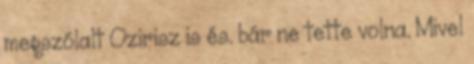
megszólalt Ozirisz is és. bár ne tette volna. Mivel